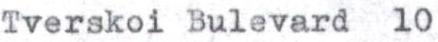
Tverskoi Bulevard  10